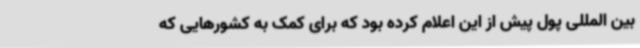
بین المللی پول پیش از این اعلام کرده بود که برای کمک به کشورهایی که